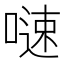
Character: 𠻣